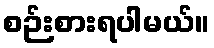
စဉ်းစားရပါမယ်။